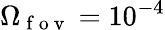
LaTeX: \Omega_{\mathrm{~f~o~v~}}=10^{-4}